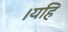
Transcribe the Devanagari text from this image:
।यहि